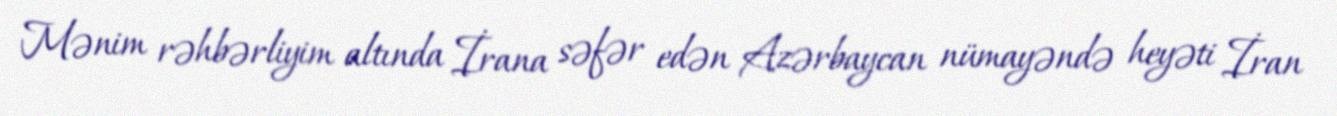
Mənim rəhbərliyim altında İrana səfər edən Azərbaycan nümayəndə heyəti İran